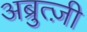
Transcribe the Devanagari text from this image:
अब्रुत्ज़ी